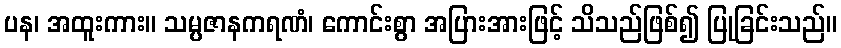
ပန၊ အထူးကား။ သမ္ပဇာနကရဏံ၊ ကောင်းစွာ အပြားအားဖြင့် သိသည်ဖြစ်၍ ပြုခြင်းသည်။